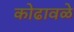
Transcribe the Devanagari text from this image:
कोढावळे